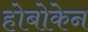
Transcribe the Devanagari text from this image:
होबोकेन